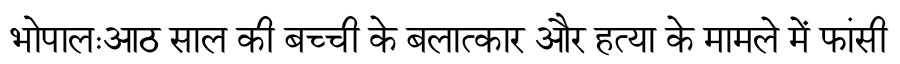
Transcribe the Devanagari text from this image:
भोपालःआठ साल की बच्ची के बलात्कार और हत्या के मामले में फांसी